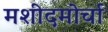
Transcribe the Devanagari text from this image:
मशीदमोर्चा